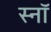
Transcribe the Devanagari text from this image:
स्नॉ